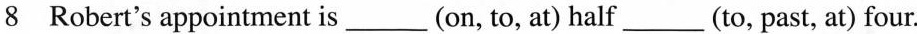
8 Robert's appointment is___(on, to, at) half___(to, past, at) four.